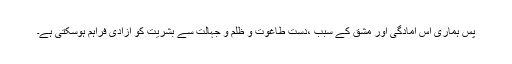
پس ہماری اس آمادگی اور مشق کے سبب ،دست طاغوت و ظلم و جہالت سے بشریت کو آزادی فراہم ہوسکتی ہے۔